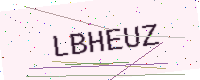
Text: LBHEUZ